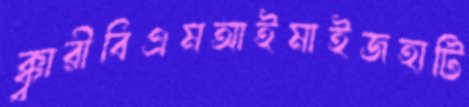
ক্ক্বারীবিএমআইমাইজহাটি